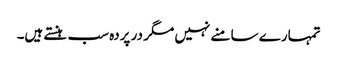
تمہارے سا منے نہیں مگر در پردہ سب ہنستے ہیں۔